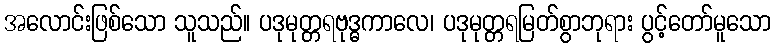
အလောင်းဖြစ်သော သူသည်။ ပဒုမုတ္တရဗုဒ္ဓကာလေ၊ ပဒုမုတ္တရမြတ်စွာဘုရား ပွင့်တော်မူသော